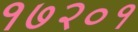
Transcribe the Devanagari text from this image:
१७२०१